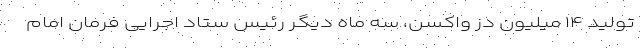
تولید ۱۴ میلیون دز واکسن، سه ماه دیگر رئیس ستاد اجرایی فرمان امام